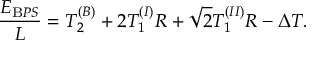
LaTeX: \frac { E _ { { \mathrm B P S } } } { L } = T _ { 2 } ^ { ( B ) } + 2 T _ { 1 } ^ { ( I ) } R + \sqrt { 2 } T _ { 1 } ^ { ( I I ) } R - \Delta T .